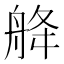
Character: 舽